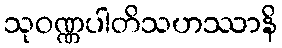
သုဝဏ္ဏပါတိသဟဿာနိ